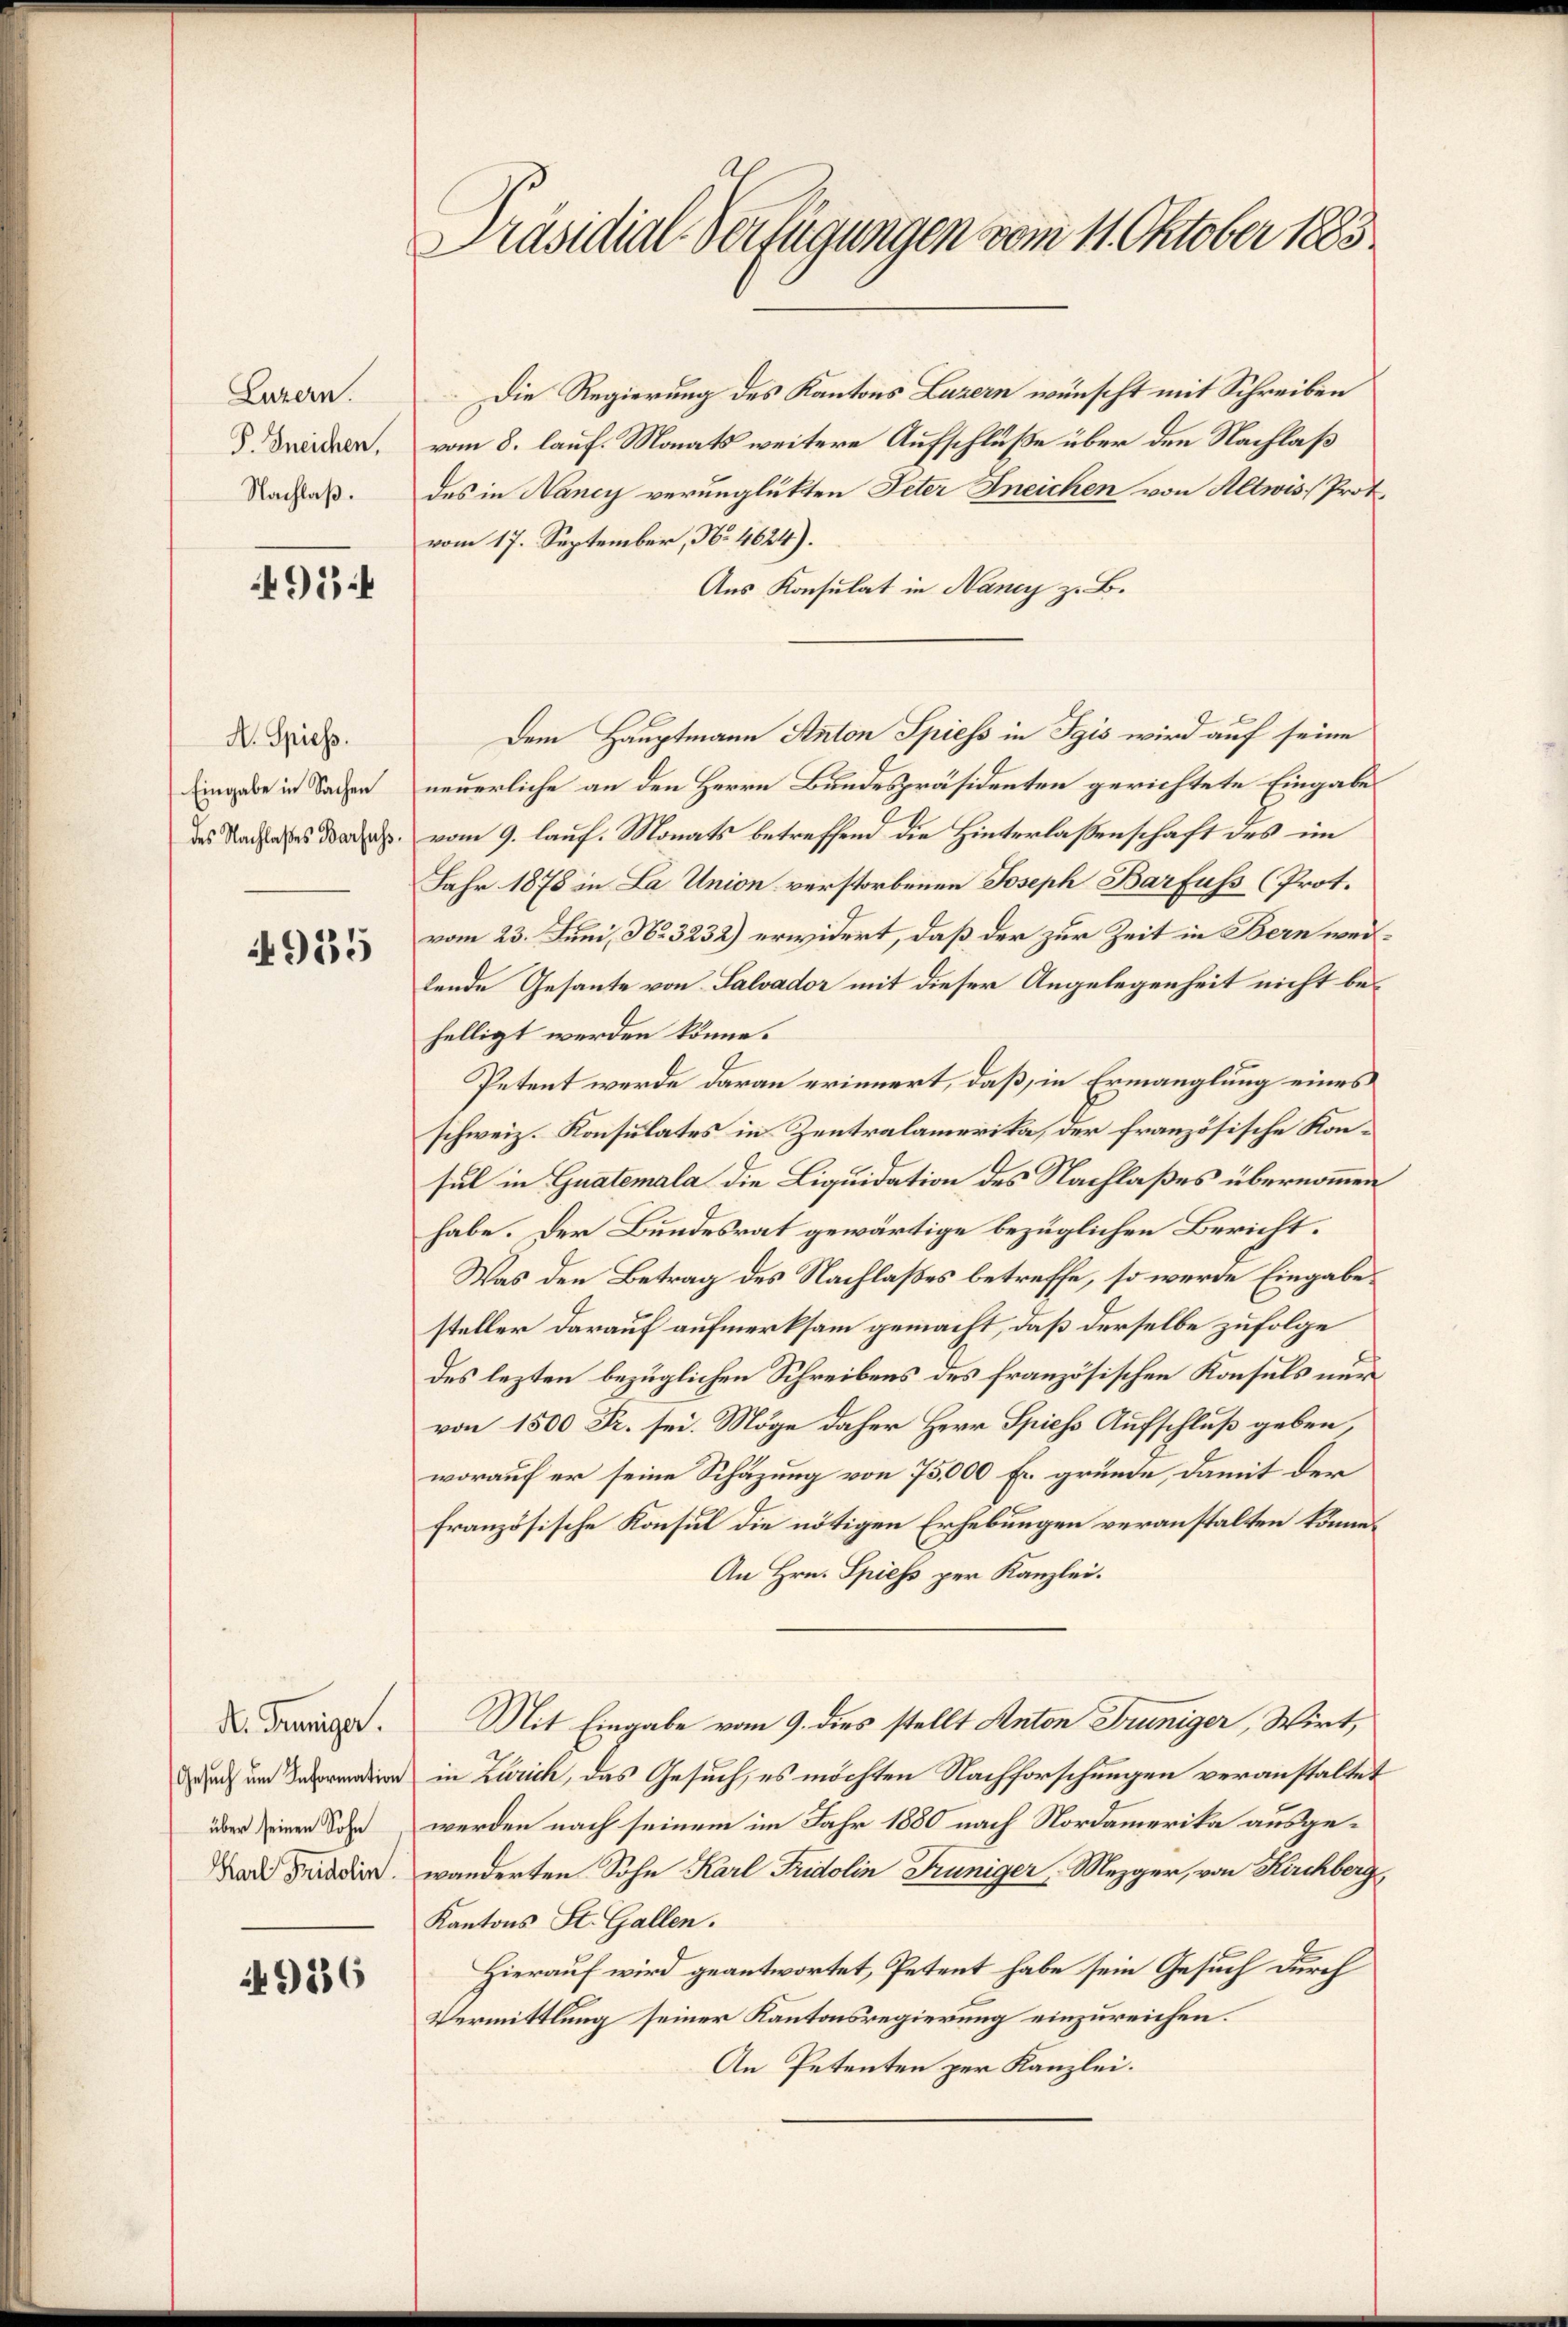
Luzern.
P. Greichen,
Nachlaß.

95

A. Spiess.
Eingabe in Sachen
des Nachlaßes Barfuss.

4955

N. Grüniger.
Gesuch um Information

4956

Präsidial-Verfügungen vom 11. Oktober 1883

Die Regierung des Kantons Luzern wünscht mit Schreiben
vom 8. lauf. Monats weitere Aufschlüße über den Nachlaß
des in Nancy verunglükten Peter Kneichen von Altwis, Prot.
vom 17. September, No. 4624).
Aus Konsulat in Nancy z. B.
neuerliche an den Herrn Bundespräsidenten gerichtete Eingabes
vom 9. lauf. Monats betreffend die Hinterlassenschaft des im
Jahr 1878 in La Union verstorbenen Joseph Barfuss (Prot.
vom 23. Juni, No. 3232) erwidert, daß der zur Zeit in Bern weilende Gesante von Salvador mit dieser Angelegenheit nicht behelligt werden könne.
Petent werde daran erinnert, daß, in Ermanglung eines
schweiz. Konsulates in Zentralamerika, der französische Konsul in Guatemala die Liquidation des Nachlaßes übernommen
habe. Der Bundesrat gewärtige bezüglichen Bericht.
Was den Betrag des Nachlaßes betreffe, so werde Eingabe
steller darauf aufmerksam gemacht, daß derselbe zufolge
des lezten bezüglichen Schreibens des französischen Konsuls nur
von 1500 Fr. sei. Möge daher Herr Spiess Aufschluß geben,
worauf er seine Schäzung von 75,000 Fr. gründe, damit der
französische Konsul die nötigen Erhebungen veranstalten könne.
An Hrn. Spiess per Kanzlei.
Mit Eingabe vom 9. dies stellt Anton Truniger, Wirt,
in Zürich, das Gesuch, es möchten Nachforschungen veranstaltet
über einen Sohn werden nach seinem im Jahr 1880 nach Nordamerika ausge¬
Dad Friddio, wanderten Sohn Karl Fridolin Trüniger, Mezger, von Kirchberg
Kantons St. Gallen.
Hierauf wird geantwortet, Petent habe sein Gesuch durch
Vermittlung seiner Kantonsregierung einzureichen.
An Petenten per Kanzlei.

Dem Hauptmann Anton Spiess in Igis wird auf seine